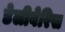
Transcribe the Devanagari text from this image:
डेलीवेरिस